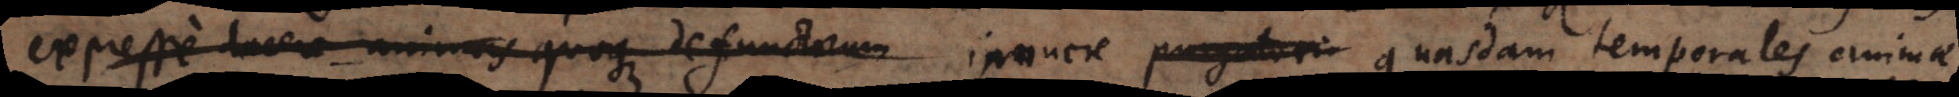
expresse docere animas quoque defunctorum innuere purgatori quasdam temporales animae